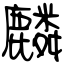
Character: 麟